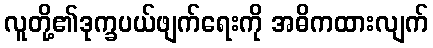
လူတို့၏ဒုက္ခပယ်ဖျက်ရေးကို အဓိကထားလျက်